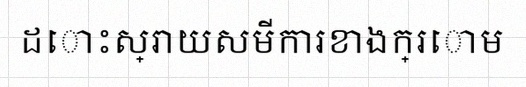
ដោះស្រាយសមីការខាងក្រោម